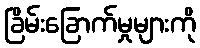
ခြိမ်းခြောက်မှုများကို